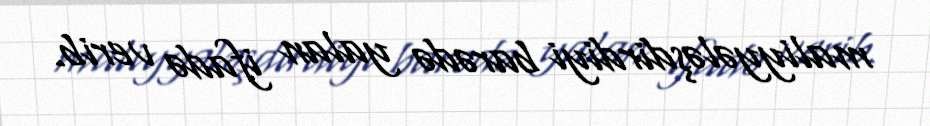
maliyyələşdirdiyi barədə yalan ifadə verib.